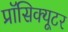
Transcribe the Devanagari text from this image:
प्रॉसिक्यूटर